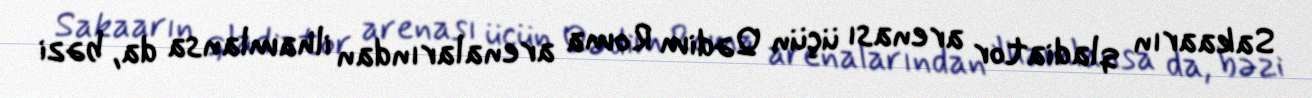
Sakaarın qladiator arenası üçün Qədim Roma arenalarından ilhamlansa da, bəzi